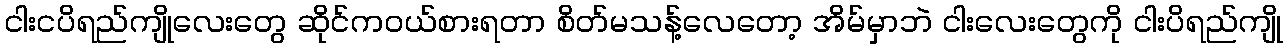
ငါးငပိရည်ကျိုလေးတွေ ဆိုင်ကဝယ်စားရတာ စိတ်မသန့်လေတော့ အိမ်မှာဘဲ ငါးလေးတွေကို ငါးပိရည်ကျို